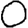
Digit: 0